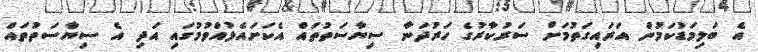
އެ ބަލިމަޑުކަމުން އަރައިގަތުމަށް ސަރުކާރުގެ ހަރުދަނާ ސިޔާސަތުތައް އެކަށައެޅުއްވުމުގައި އަދި އެ ސިޔާސަތުތައް